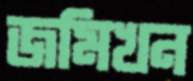
জমিখন